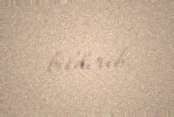
bildirib.